Report on vaccination in Madras 1895-1903 - 1895-1903
Year: 1895
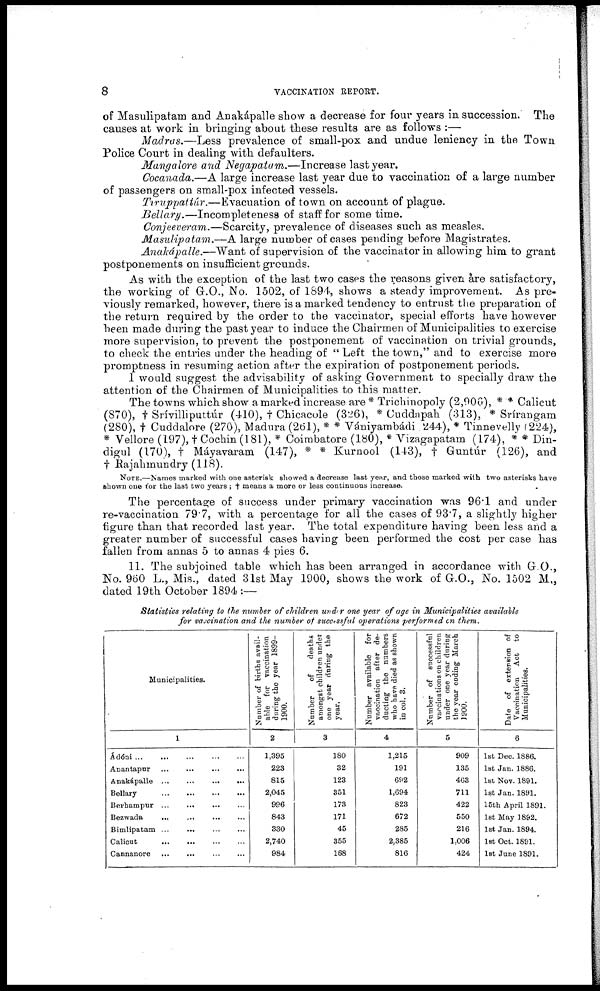
8
VACCINATION REPORT.
of Masulipatam and Anakápalle show a decrease for four years in succession. The
causes at work in bringing about these results are as follows :—
Madras.—Less prevalence of small-pox and undue leniency in the Town
Police Court in dealing with defaulters.
Mangalore and Negapatam.—Increase
last year.
Cocanada.—A large increase last year due to vaccination of a large number
of passengers on small-pox infected vessels.
Tiruppattúr.—Evacuation
of town on account of plague.
Bellary.—Incompleteness
of staff for some time.
Conjeeveram.—Scarcity, prevalence of diseases such as measles.
Masulipatam.—A large number of cases pending before Magistrates.
Anakápalle.—Want
of supervision of the vaccinator in allowing him to grant
postponements on insufficient grounds.
As with the exception of the last two cases the reasons given are satisfactory,
the working of G.O., No. 1502, of 1894, shows a steady improvement. As pre-
viously remarked, however, there is a marked tendency to entrust the preparation of
the return required by the order to the vaccinator, special efforts have however
been made during the past year to induce the Chairmen of Municipalities to exercise
more supervision, to prevent the postponement of vaccination on trivial grounds,
to check the entries under the heading of " Left the town," and to exercise more
promptness in resuming action after the expiration of postponement periods.
I would suggest the advisability of asking Government to specially draw the
attention of the Chairmen of Municipalities to this matter.
The towns which show a marked increase are * Trichinopoly (2,906), * * Calicut
(870), † Srívilliputtúr (410), † Chicacole (326), * Cuddnpah (313), * Srírangam
(280), † Cuddalore (270), Madura (261), * * Vániyambádi 244), * Tinnevelly (224),
* Vellore (197), † Cochin (181), * Coimbatore (180), * Vizagapatam (174), * * Din¬
digul (170), † Mayavaram (147), * * Kurnool (143), † Guntúr (126), and
† Rajahmundry (118).
NOTE.—Names marked with one asterisk showed a decrease last year, and those marked with two asterisks have
shown one for the last two years , † means a more or less continuous increase.
The percentage of success under primary vaccination was 96.1 and under
re-vaccination 79.7, with a percentage for all the cases of 93.7, a slightly higher
figure than that recorded last year. The total expenditure having been less and a
greater number of successful cases having been performed the cost per case has
fallen from annas 5 to annas 4 pies 6.
11. The subjoined table which has been arranged in accordance with G.O.,
No. 960 L., Mis., dated 31st May 1900, shows the work of G.O., No. 1502 M.,
dated 19th October 1894 :—
Statistics relating to the number of children under one year of age in Municipalities available
for vaccination and the number of successful operations performed on them.
Municipalities.
1
Ádóni ...
... ... ... ...
Anantapur ...
...
...
...
Anakápalle ...
...
...
...
Bellary
...
...
...
...
Berhampur ...
...
... ...
Bezwada
...
...
... ...
Bimlipatam ... ... ... ...
Calicut
...
... ... ...
Cannanore ...
... ... ...
Number of births avail-
able for vaccination
during the year 1899-
1900.
2
1,395
223
815
2,045
996
843
330
2,740
984
Number
of
deaths
amongst children under
one year during the
year.
3
180
32
123
351
173
171
45
355
168
Number available for
vaccination after de-
ducting the numbers
who have died as shown
in col. 3.
4
1,215
191
602
1,694
823
672
285
2,385
816
Number of successful
vaccinations on children
under one year during
the year ending March
1900.
5
909
135
463
711
422
550
216
1,006
424
Dale of extension of
Vaccination Act to
Municipalities.
6
1st Dec. 1886.
1st Jan. 1886.
1st Nov. 1891.
1st Jan. 1891.
15th April 1891.
1st May 1892.
1st Jan. 1894.
1st Oct. 1891.
1st June 1891.